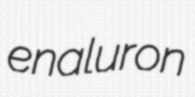
enaluron